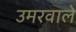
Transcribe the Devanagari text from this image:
उमरवाले